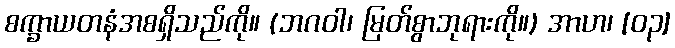
စက္ခာယတနံအစရှိသည်ကို။ (ဘဂဝါ၊ မြတ်စွာဘုရားကို။) အာဟ၊ [၀၃]